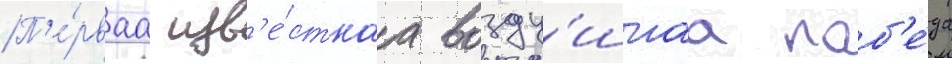
П'е́рваа изв'е́стнаа возду́шнаа поб'е́да